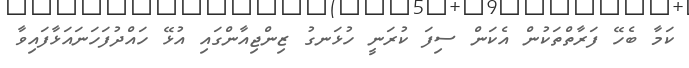
ކަމާ ބެހޭ ފަރާތްތަކުން އެކަން ސިފަ ކުރަނީ ހުޅަނގު ޒިންޖިއާންގައި އުޅޭ ހައްދުފަހަނައަޅާފައިވާ